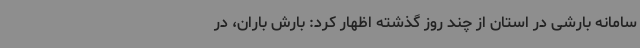
سامانه بارشی در استان از چند روز گذشته اظهار کرد: بارش باران، در